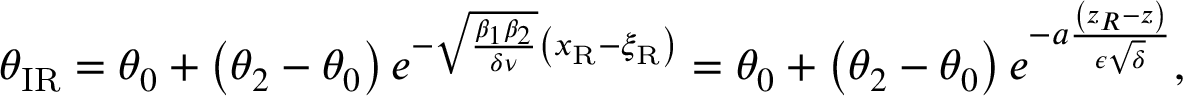
\theta _ { \mathrm { I R } } = \theta _ { 0 } + \left( \theta _ { 2 } - \theta _ { 0 } \right) e ^ { - \sqrt { \frac { \beta _ { 1 } \beta _ { 2 } } { \delta \nu } } \left( x _ { \mathrm { { R } } } - \xi _ { \mathrm { R } } \right) } = \theta _ { 0 } + \left( \theta _ { 2 } - \theta _ { 0 } \right) e ^ { - a \frac { \left( z _ { R } - z \right) } { \epsilon \sqrt { \delta } } } ,